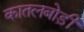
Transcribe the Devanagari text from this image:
कातलबोड़ी